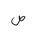
Letter: _sad